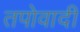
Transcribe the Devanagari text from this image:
तपोवादी